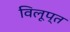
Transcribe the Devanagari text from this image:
विलूप्त